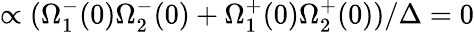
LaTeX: \propto(\Omega_{1}^{-}(0)\Omega_{2}^{-}(0)+\Omega_{1}^{+}(0)\Omega_{2}^{+}(0))/\Delta=0